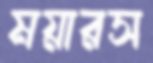
ময়ারস